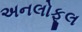
અનલોફૂલ